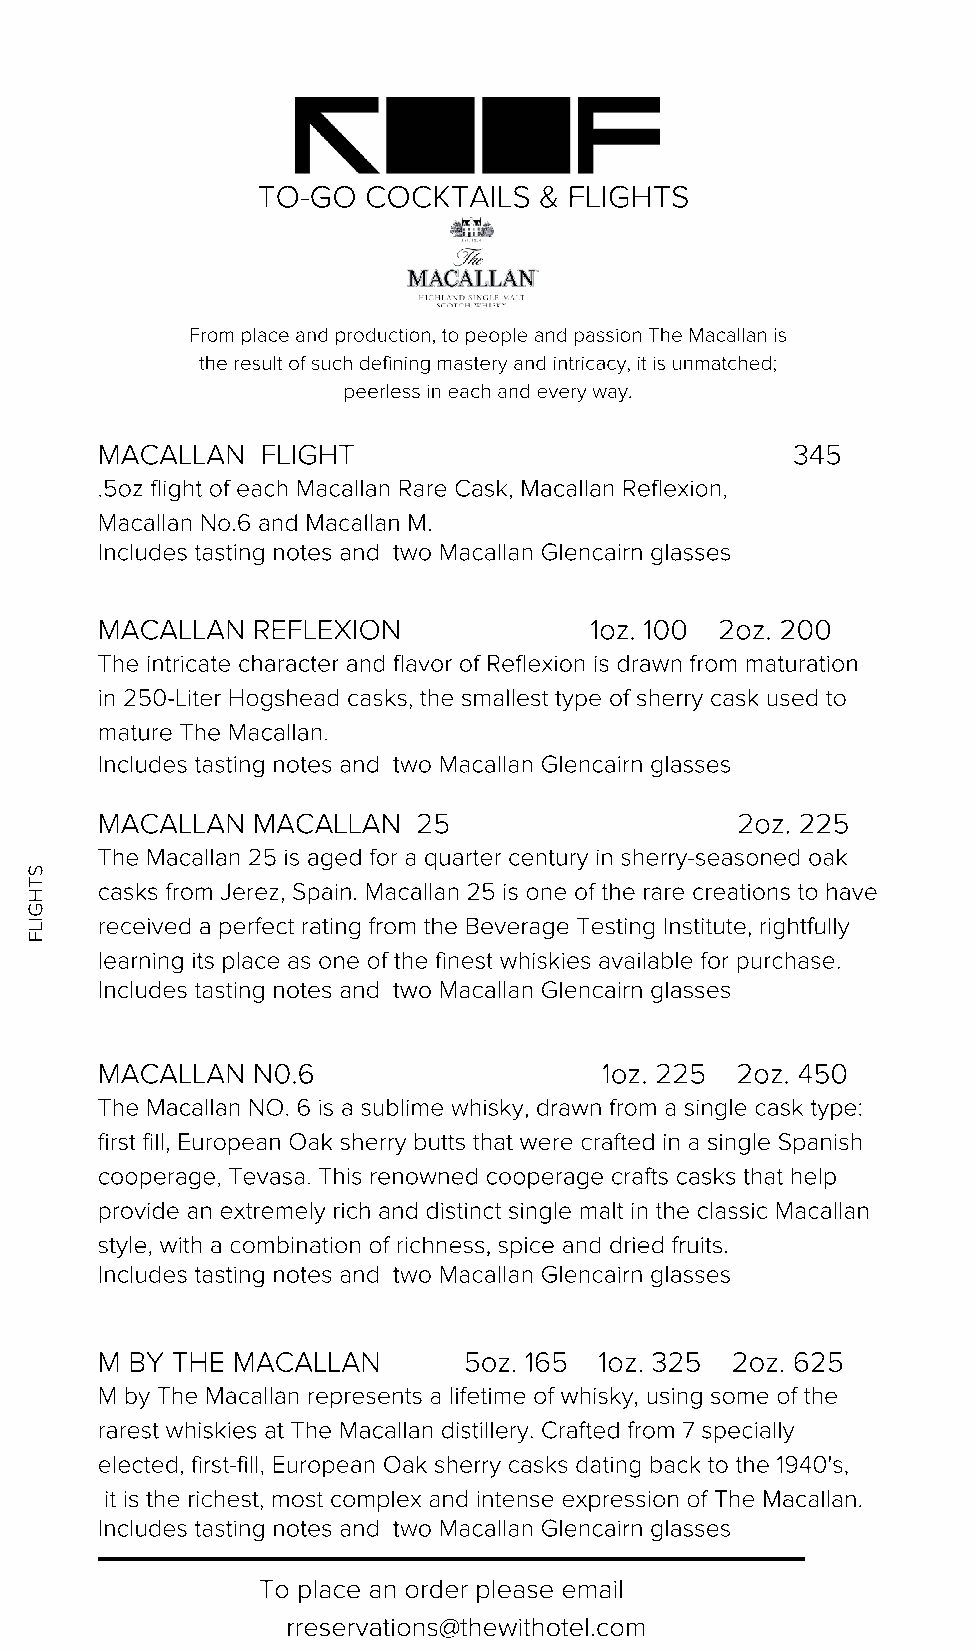
TO-GO  COCKTAILS   & FLIGHTS
 From place and production, to people and passion The Macallan is
 the result of such defining mastery and intricacy, it is unmatched;
 peerless in each and every way.
 MACALLAN   FLIGHT                             345
 .5oz flight of each Macallan Rare Cask, Macallan Reflexion,
 Macallan No.6 and Macallan M.
 Includes tasting notes and two Macallan Glencairn glasses
 MACALLAN   REFLEXION             1oz. 100 2oz. 200
 The intricate character and flavor of Reflexion is drawn from maturation
 in 250-Liter Hogshead casks, the smallest type of sherry cask used to
 mature The Macallan.
 Includes tasting notes and two Macallan Glencairn glasses
 MACALLAN   MACALLAN   25                   2oz. 225
 The Macallan 25 is aged for a quarter century in sherry-seasoned oak
 S
 T    casks from Jerez, Spain. Macallan 25 is one of the rare creations to have
 H
 G
 received a perfect rating from the Beverage Testing Institute, rightfully
 LI
 F
 learning its place as one of the finest whiskies available for purchase.
 Includes tasting notes and two Macallan Glencairn glasses
 MACALLAN   N0.6                   1oz. 225 2oz. 450
 The Macallan NO. 6 is a sublime whisky, drawn from a single cask type:
 first fill, European Oak sherry butts that were crafted in a single Spanish
 cooperage, Tevasa. This renowned cooperage crafts casks that help
 provide an extremely rich and distinct single malt in the classic Macallan
 style, with a combination of richness, spice and dried fruits.
 Includes tasting notes and two Macallan Glencairn glasses
 M BY THE MACALLAN        5oz. 165 1oz. 325 2oz. 625
 M by The Macallan represents a lifetime of whisky, using some of the
 rarest whiskies at The Macallan distillery. Crafted from 7 specially
 elected, first-fill, European Oak sherry casks dating back to the 1940's,
 it is the richest, most complex and intense expression of The Macallan.
 Includes tasting notes and two Macallan Glencairn glasses
 To place an order please email
 rreservations@thewithotel.com